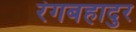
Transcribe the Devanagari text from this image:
रंगबहादुर